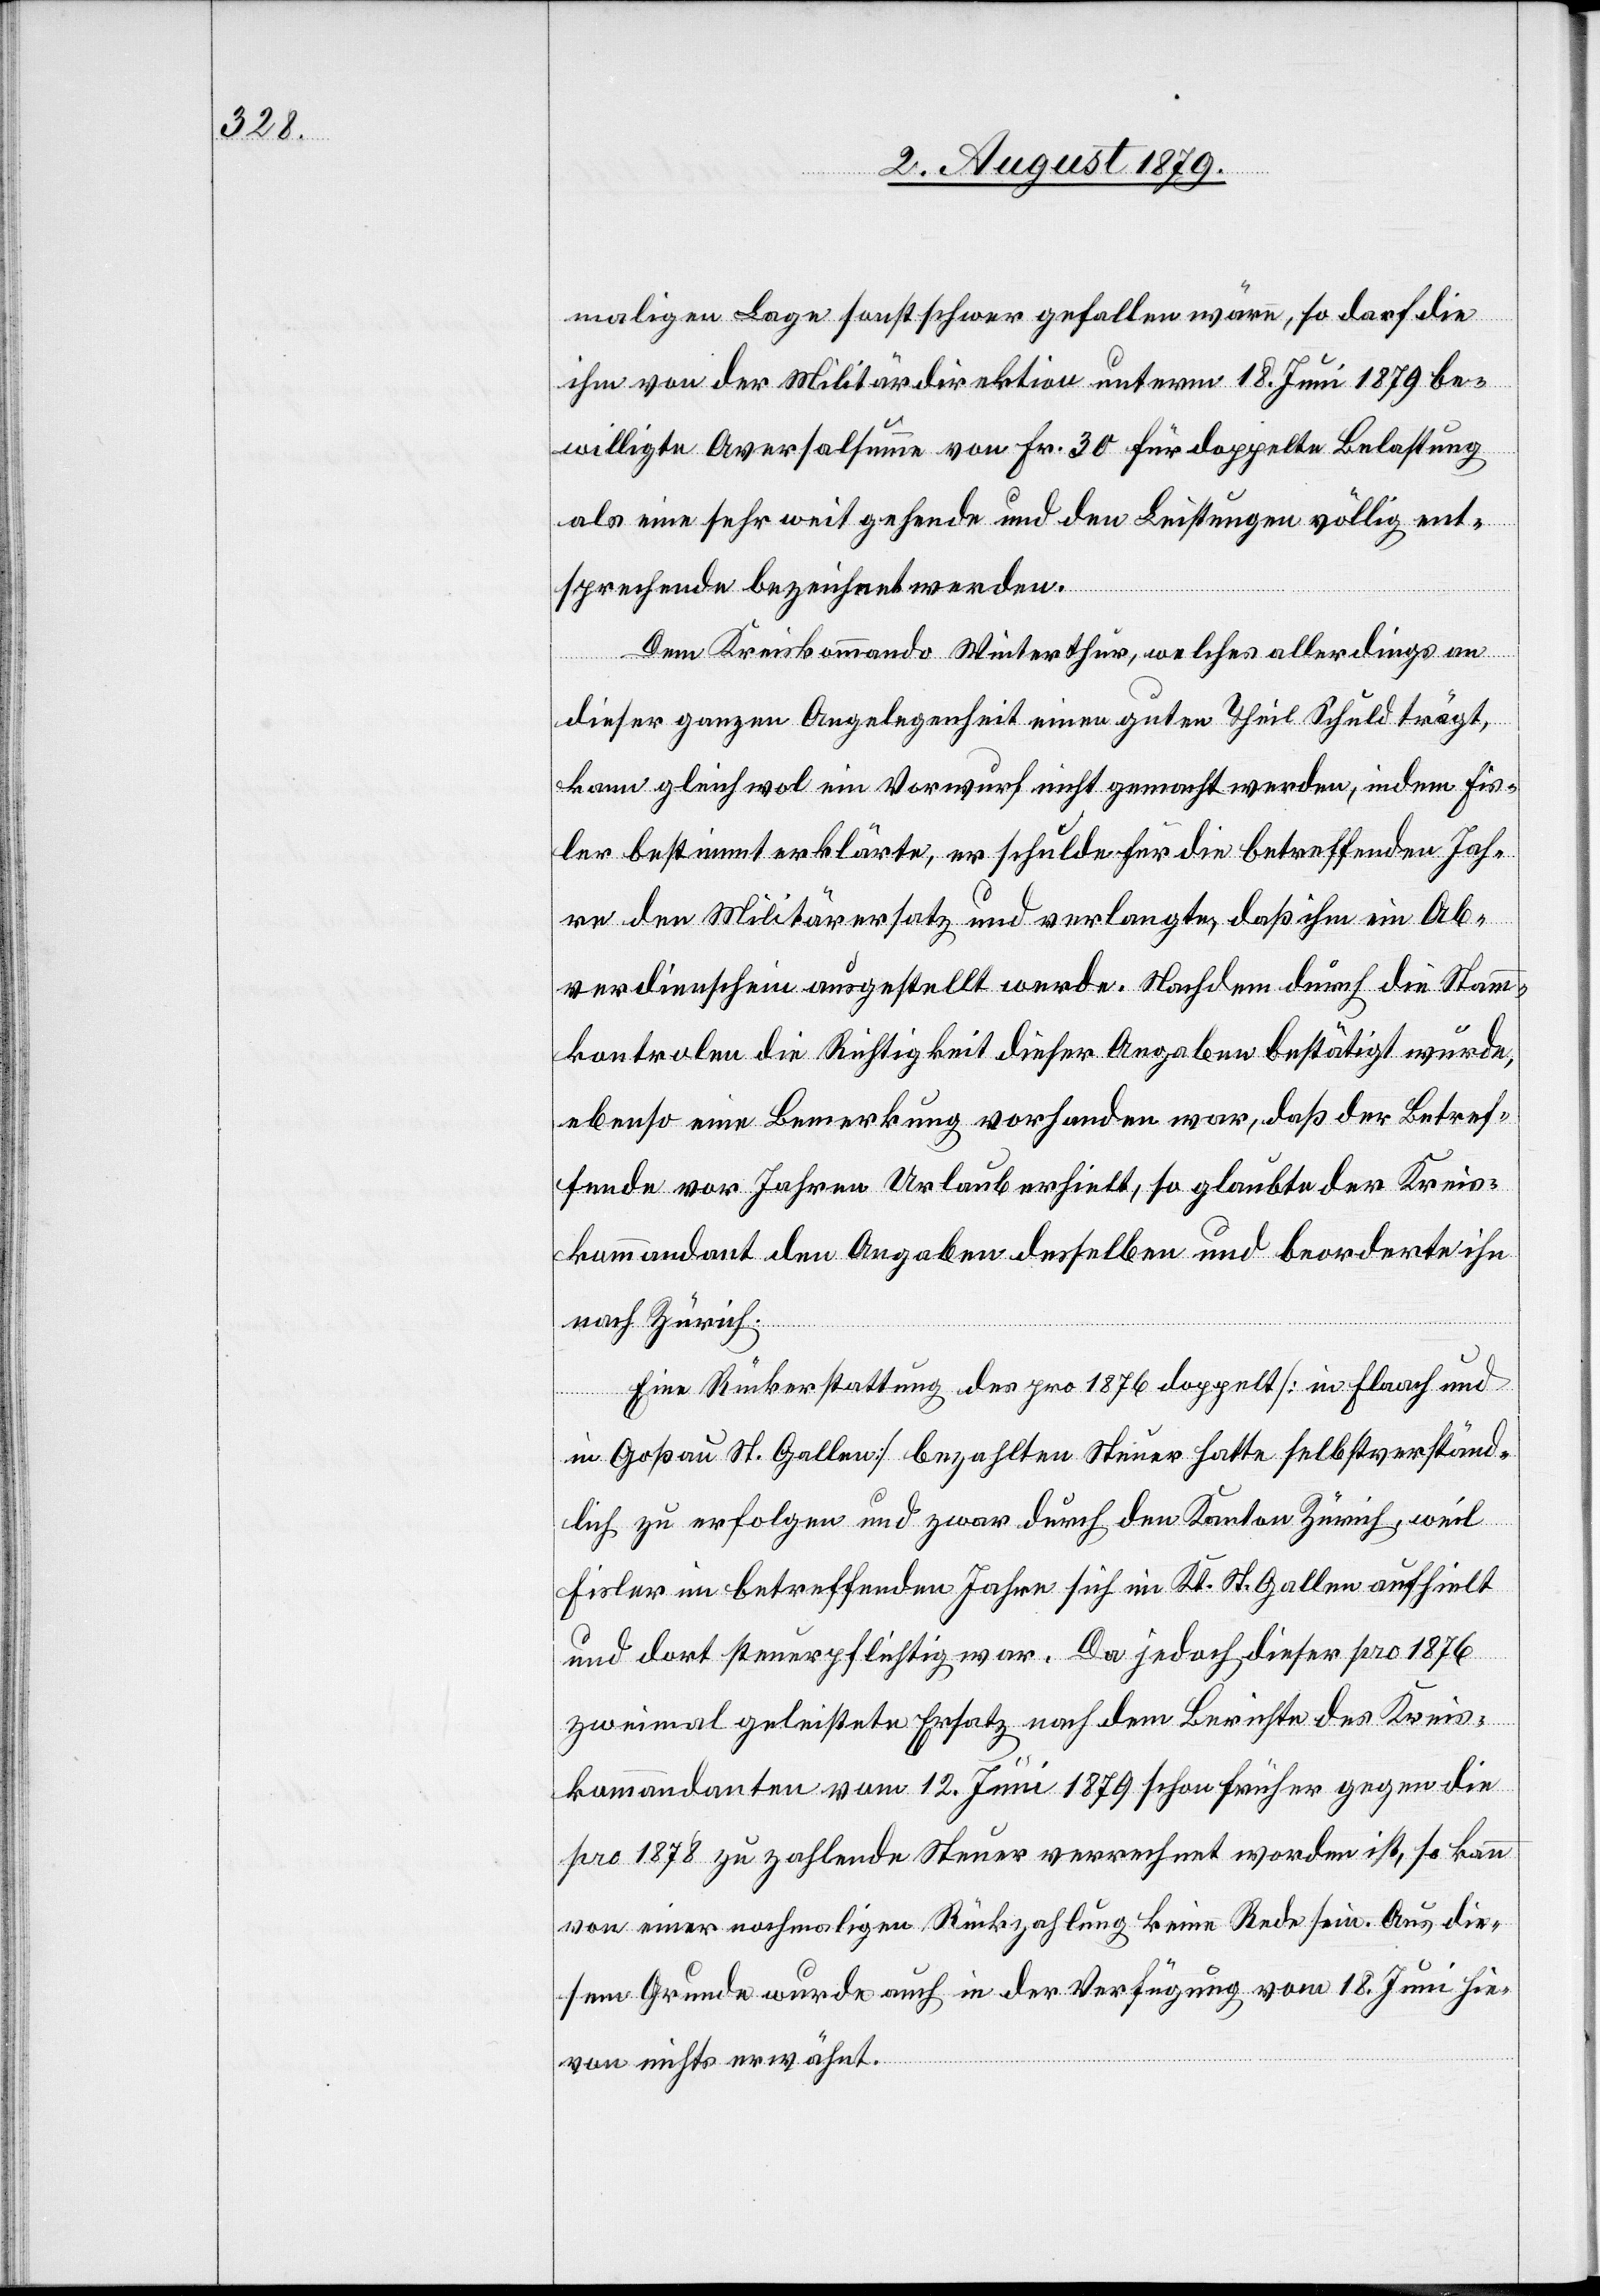
maligen Lage sonst schwer gefallen wäre, so darf die
ihm von der Militärdirektion unterm 18. Juni 1879 be¬
willigte Aversalsumme von Fr. 30 für doppelte Belastung
als eine sehr weitgehende und den Leistungen völlig ent¬
sprechende bezeichnet werden.
Dem Kreiskommando Winterthur, welches allerdings an
dieser ganzen Angelegenheit einen guten Theil Schuld trägt,
kann gleichwol ein Vorwurf nicht gemacht werden, indem Fis¬
ler bestimmt erklärte, er schulde für die betreffenden Jah¬
re den Militärersatz und verlangte, daß ihm ein Ab¬
verdienstschein ausgestellt werde. Nachdem durch die Stamm¬
kontrolen die Richtigkeit dieser Angaben bestätigt wurde,
ebenso eine Bemerkung vorhanden war, daß der Betref¬
fende vor Jahren Urlaub erhielt, so glaubte der Kreis¬
kommandant den Angaben desselben und beorderte ihn
nach Zürich.
Eine Rückerstattung des pro 1876 doppelt [in Flaach und
in Goßau St. Gallen] bezahlten Steuer hatte selbstverständ¬
lich zu erfolgen und zwar durch den Kanton Zürich, weil
Fisler im betreffenden Jahre sich im Kt. St. Gallen aufhielt
und dort steuerpflichtig war. Da jedoch dieser pro 1876
zweimal geleistete Ersatz nach dem Berichte des Kreis¬
kommandanten vom 12. Juni 1879 schon früher gegen die
pro 1878 zu zahlende Steuer verrechnet worden ist, so kann
von einer nochmaligen Rückzahlung keine Rede sein. Aus die¬
sem Grunde wurde auch in der Verfügung vom 18. Juni hie¬
von nichts erwähnt.